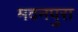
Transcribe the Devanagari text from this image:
मदनपुरा